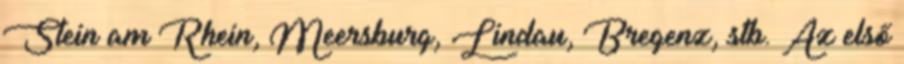
Stein am Rhein, Meersburg, Lindau, Bregenz, stb. Az első